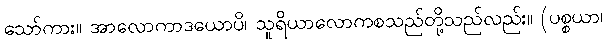
သော်ကား။ အာလောကာဒယောပိ၊ သူရိယာလောကစသည်တို့သည်လည်း။ (ပစ္စယာ၊